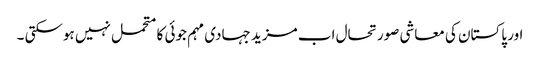
اور پاکستان کی معاشی صورتحال اب مزید جہادی مہم جوئی کا متحمل نہیں ہوسکتی ۔